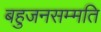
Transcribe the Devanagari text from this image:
बहुजनसम्मति